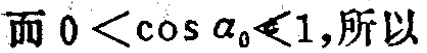
而 \(0 < \cos \alpha_0 \leq 1\),所以